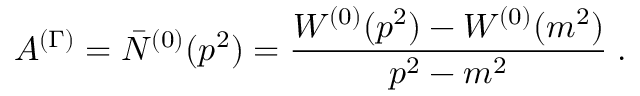
{ \cal A } ^ { ( \Gamma ) } = \bar { N } ^ { ( 0 ) } ( p ^ { 2 } ) = \frac { W ^ { ( 0 ) } ( p ^ { 2 } ) - W ^ { ( 0 ) } ( m ^ { 2 } ) } { p ^ { 2 } - m ^ { 2 } } \; .